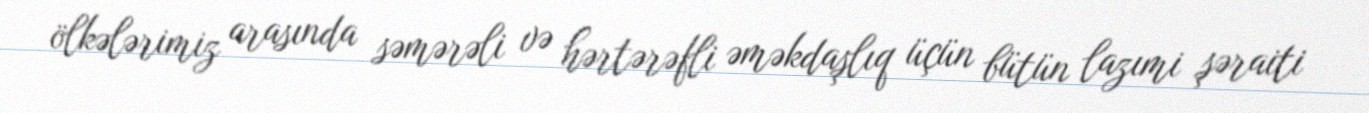
ölkələrimiz arasında səmərəli və hərtərəfli əməkdaşlıq üçün bütün lazımi şəraiti